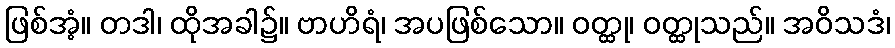
ဖြစ်အံ့။ တဒါ၊ ထိုအခါ၌။ ဗာဟိရံ၊ အပဖြစ်သော။ ဝတ္ထု၊ ဝတ္ထုသည်။ အဝိသဒံ၊